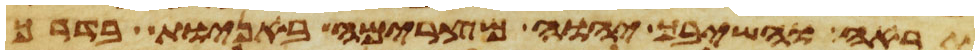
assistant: תראה והשיבך יהוה מצרימה באניות בדרך